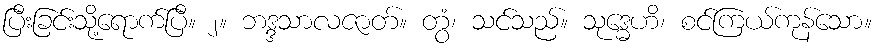
ပြီးခြင်းသို့ရောက်ပြီ။ ၂။ ဘဒ္ဒသာလဇာတ်။ တွံ၊ သင်သည်။ သုဒ္ဓေဟိ၊ စင်ကြယ်ကုန်သော။